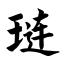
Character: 琏